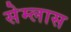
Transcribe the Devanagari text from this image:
सेम्लास